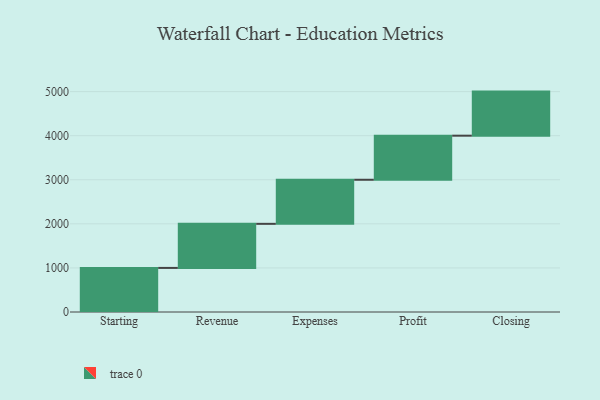
{"axis": {"x": "Step", "y": "Value"}, "legend": [""], "data": [{"x": "Starting", "y": 1000, "type": ""}, {"x": "Revenue", "y": 1000, "type": ""}, {"x": "Expenses", "y": 1000, "type": ""}, {"x": "Profit", "y": 1000, "type": ""}, {"x": "Closing", "y": 1000, "type": ""}]}